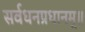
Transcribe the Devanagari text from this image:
सर्वधनप्रधानम्॥